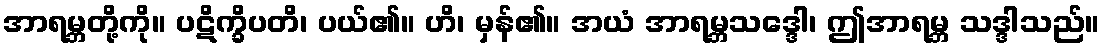
အာရမ္ဘတို့ကို။ ပဋိက္ခိပတိ၊ ပယ်၏။ ဟိ၊ မှန်၏။ အယံ အာရမ္ဘသဒ္ဒေါ၊ ဤအာရမ္ဘ သဒ္ဒါသည်။